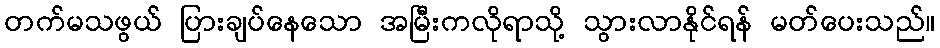
တက်မသဖွယ် ပြားချပ်နေသော အမြီးကလိုရာသို့ သွားလာနိုင်ရန် မတ်ပေးသည်။